画像に写った文字を読んでください
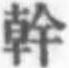
「幹」と書いてあります